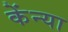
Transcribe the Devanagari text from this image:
केंन्या